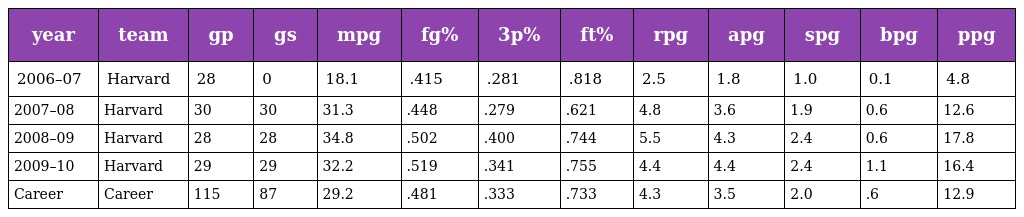
| year | team | gp | gs | mpg | fg% | 3p% | ft% | rpg | apg | spg | bpg | ppg |
 | --- | --- | --- | --- | --- | --- | --- | --- | --- | --- | --- | --- | --- |
 | 2006–07 | Harvard | 28 | 0 | 18.1 | .415 | .281 | .818 | 2.5 | 1.8 | 1.0 | 0.1 | 4.8 |
 | 2007–08 | Harvard | 30 | 30 | 31.3 | .448 | .279 | .621 | 4.8 | 3.6 | 1.9 | 0.6 | 12.6 |
 | 2008–09 | Harvard | 28 | 28 | 34.8 | .502 | .400 | .744 | 5.5 | 4.3 | 2.4 | 0.6 | 17.8 |
 | 2009–10 | Harvard | 29 | 29 | 32.2 | .519 | .341 | .755 | 4.4 | 4.4 | 2.4 | 1.1 | 16.4 |
 | Career | Career | 115 | 87 | 29.2 | .481 | .333 | .733 | 4.3 | 3.5 | 2.0 | .6 | 12.9 |